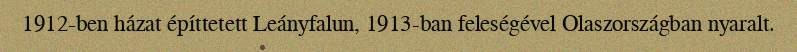
1912-ben házat építtetett Leányfalun, 1913-ban feleségével Olaszországban nyaralt.